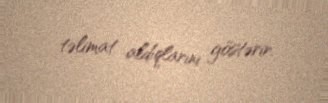
təlimat aldıqlarını göstərir.